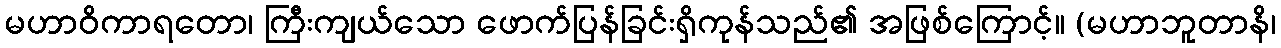
မဟာဝိကာရတော၊ ကြီးကျယ်သော ဖောက်ပြန်ခြင်းရှိကုန်သည်၏ အဖြစ်ကြောင့်။ (မဟာဘူတာနိ၊